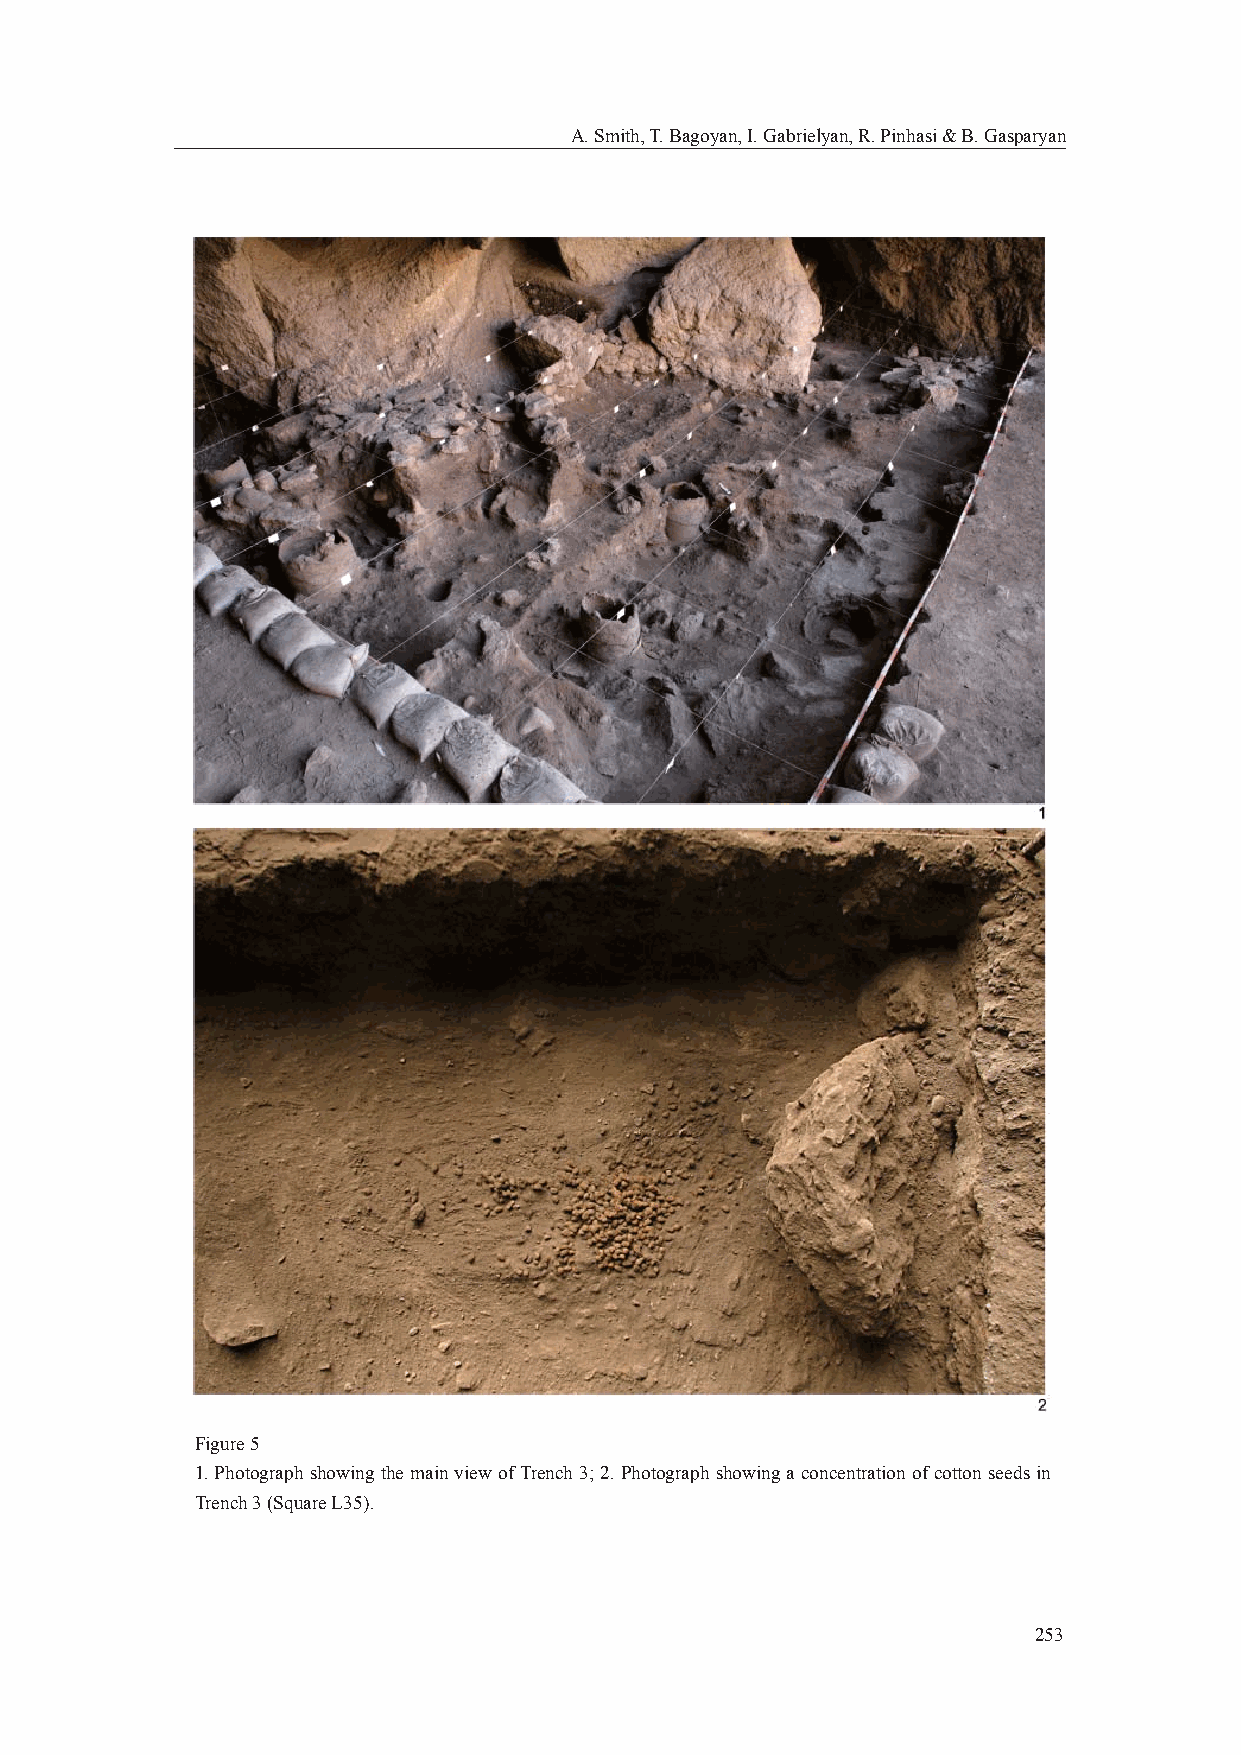
A. Smith, T. Bagoyan, I. Gabrielyan, R. Pinhasi & B. Gasparyan
 Figure 5
 1. Photograph showing the main view of Trench 3; 2. Photograph showing a concentration of cotton seeds in
 Trench 3 (Square L35).
 253